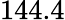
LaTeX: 144.4